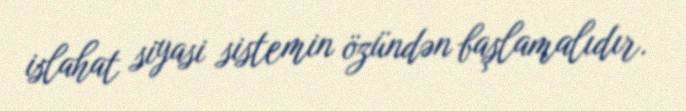
islahat siyasi sistemin özündən başlamalıdır.